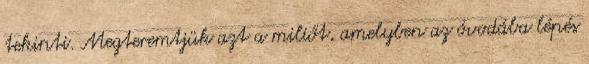
tekinti. Megteremtjük azt a miliőt, amelyben az óvodába lépés